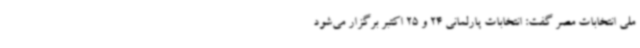
ملی انتخابات مصر گفت: انتخابات پارلمانی 24 و 25 اکتبر برگزار می‌شود